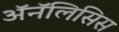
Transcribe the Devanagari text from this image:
ॲनॅलिसिस